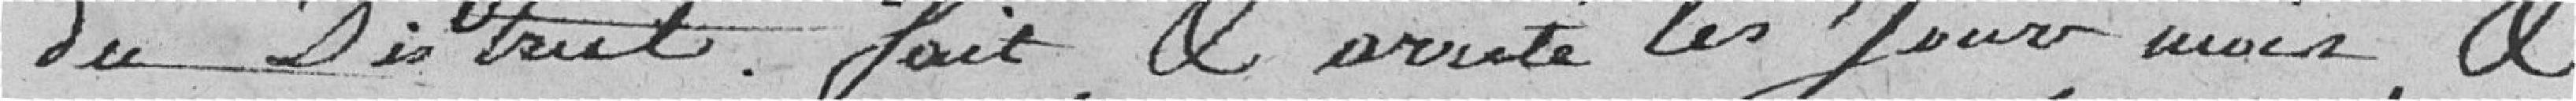
du District. Fait et arrêté les jour, mois, et